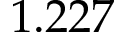
1 . 2 2 7